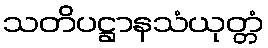
သတိပဋ္ဌာနသံယုတ္တံ